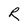
Character: R